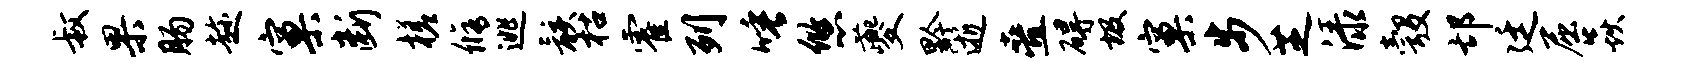
叔果肠趁窠断槎修逃骸枯霍列唾悠夔黔逝叠碍圾窠步芝渌彀邙廷屈焱